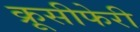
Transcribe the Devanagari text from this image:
क्रूसीफेरी